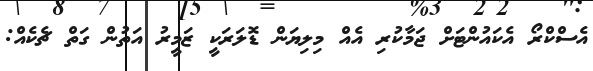
އެސްކްރޯ އެކައުންޓަށް ޖަމާކުރި އެއް މިލިޔަން ޑޮލަރަކީ ޒަމީރު އަތުން ގަތް ޗެކެއް: